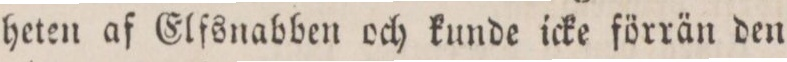
heten af Elfsnabben och kunde icke förrän den